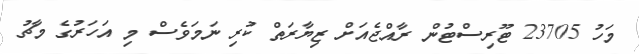
މަހު 23705 ޓޫރިސްޓުން ރާއްޖެއަށް ޒިޔާރަތް ކުރި ނަމަވެސް މި އަހަރުގެ މާޗު